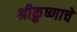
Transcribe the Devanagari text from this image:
श्रीक्रुष्णाचे